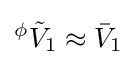
{}^{\phi }{\tilde {V}}_{1}\approx {\bar {V}}_{1}